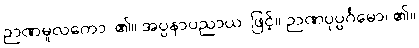
ဉာဏမူလကော၊ ၏။ အပ္ပနာပညာယ၊ ဖြင့်။ ဉာဏပုပ္ပင်္ဂမော၊ ၏။